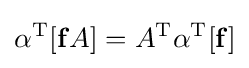
\alpha ^{\mathrm {T} }[\mathbf {f} A]=A^{\mathrm {T} }\alpha ^{\mathrm {T} }[\mathbf {f} ]